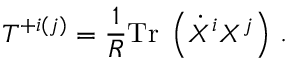
{ \cal T } ^ { + i ( j ) } = \frac { 1 } { R } \mathrm { T r } \; \left( \dot { X } ^ { i } X ^ { j } \right) \, .